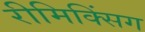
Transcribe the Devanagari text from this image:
रीमिक्सिंग